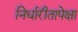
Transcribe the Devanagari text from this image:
निर्धारीतापेक्षा